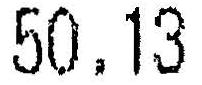
50.13